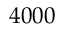
4 0 0 0